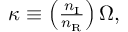
\begin{array} { r } { \kappa \equiv \left( \frac { n _ { \mathrm { I } } } { n _ { \mathrm { R } } } \right) \Omega , } \end{array}